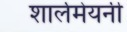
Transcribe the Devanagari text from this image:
शार्लमेयनी